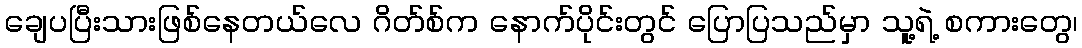
ချေပပြီးသားဖြစ်နေတယ်လေ ဂိတ်စ်က နောက်ပိုင်းတွင် ပြောပြသည်မှာ သူ့ရဲ့ စကားတွေ၊